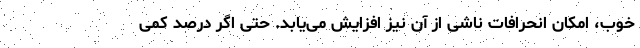
خوب، امکان انحرافات ناشی از آن نیز افزایش می‌یابد. حتی اگر درصد کمی